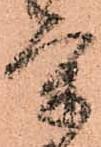
氣